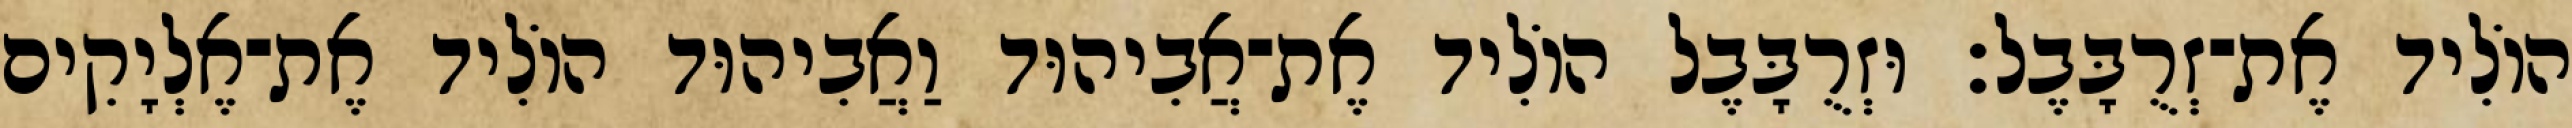
הוֹלִיד אֶת־זְרֻבָּבֶל׃ וּזְרֻבָּבֶל הוֹלִיד אֶת־אֲבִיהוּד וַאֲבִיהוּד הוֹלִיד אֶת־אֶלְיָקִים